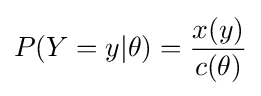
P(Y=y|\theta )={\frac {x(y)}{c(\theta )}}